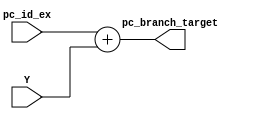
module pc_adder(
	input [31:0] pc_id_ex, 
	input [31:0] Y,
	output reg [31:0] pc_branch_target
    );

always@(*)
begin
	pc_branch_target = pc_id_ex + Y;
end

endmodule